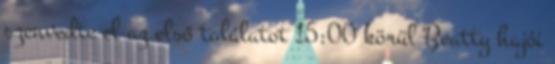
szenvedte el az első találatot 15:00 körül Beatty hajói